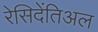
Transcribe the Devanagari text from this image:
रेसिदेंतिअल